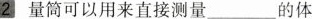
2量筒可以用来直接测量___的体